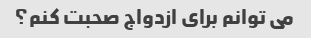
می توانم برای ازدواج صحبت کنم؟